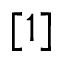
[ 1 ]